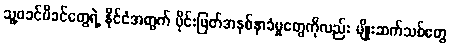
သူ့ဖခင်မိခင်တွေရဲ့ နိုင်ငံအတွက် ပိုင်းဖြတ်အနစ်နာခံမှုတွေကိုလည်း မျိုးဆက်သစ်တွေ